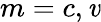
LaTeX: m=c,\mathit{v}